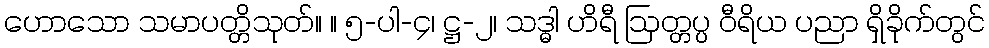
ဟောသော သမာပတ္တိသုတ်။ ။ ၅-ပါ-၄၊ ဋ္ဌ-၂၊ သဒ္ဓါ ဟိရီ ဩတ္တပ္ပ ဝီရိယ ပညာ ရှိခိုက်တွင်